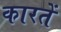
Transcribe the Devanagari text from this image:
कारतें